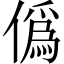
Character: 僞